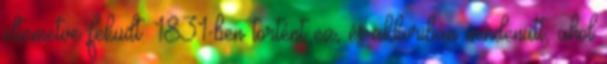
eltemetve feküdt. 1831-ben történt ez, és akkoriban mindenütt, ahol